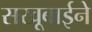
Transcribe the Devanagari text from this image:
सखूबाईने